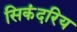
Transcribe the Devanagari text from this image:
सिकंदरिय